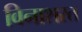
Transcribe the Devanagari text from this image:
विनाशरत